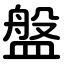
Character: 盤